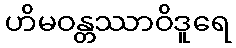
ဟိမဝန္တဿာဝိဒူရေ